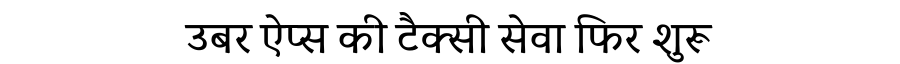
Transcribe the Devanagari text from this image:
उबर ऐप्स की टैक्सी सेवा फिर शुरू